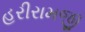
હરીરામજી